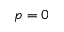
p = 0